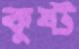
কুষ্ট